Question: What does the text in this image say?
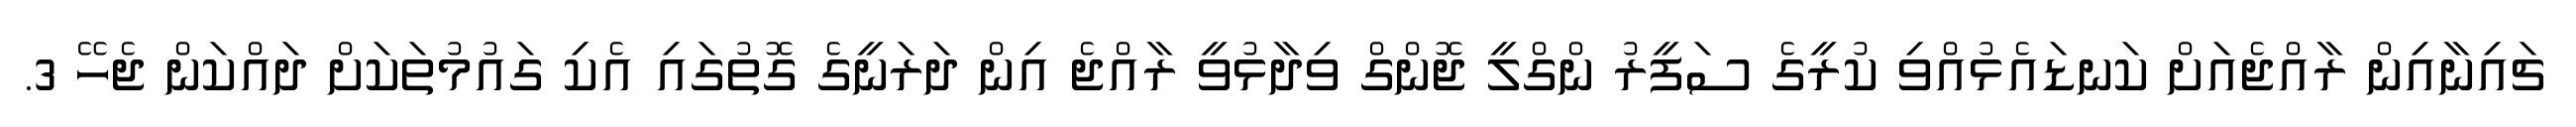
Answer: ޗައިނާއިން ރާއްޖެއަށް ކަނޑައެޅުއްވި ކުރީގެ ސަފީރު ންގްލީ ޖޮންގް ވިދާޅުވީ ރާއްޖެ އިން ދަރަނީގެ ގޮތުގައި އެކި ގައުމުތަކަށް ދައްކަން ޖެހޭ 3.